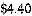
$4.40